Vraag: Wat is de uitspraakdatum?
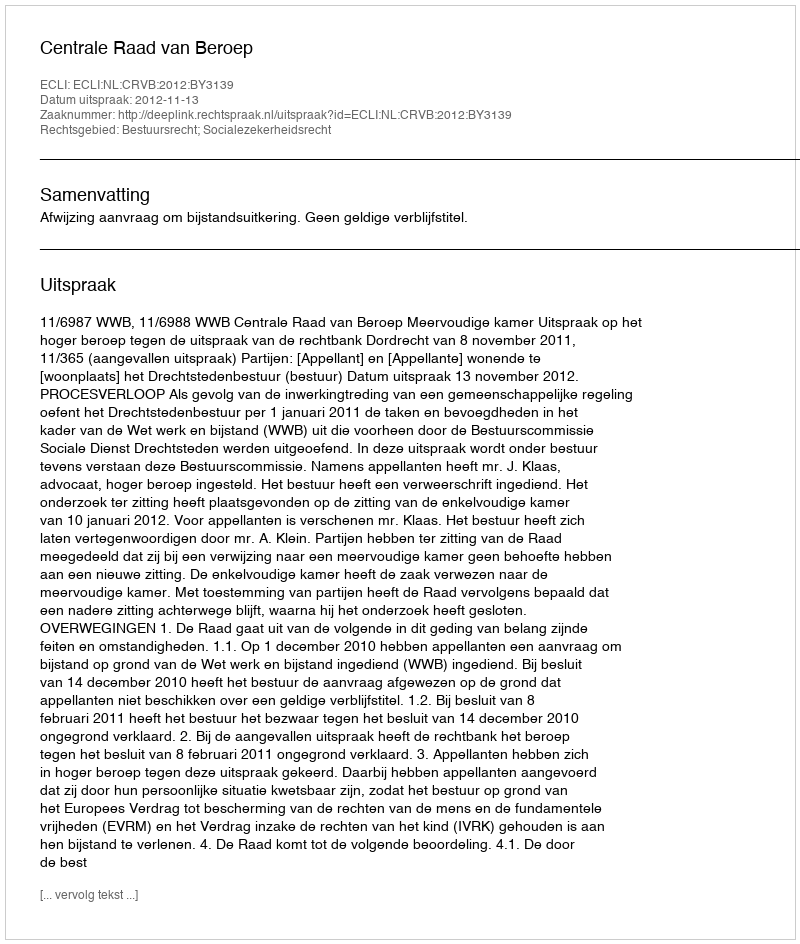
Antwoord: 2012-11-13